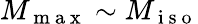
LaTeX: M_{\mathrm{~m~a~x~}}\sim M_{\mathrm{~i~s~o~}}